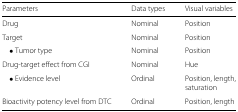
<table><thead><tr><td><b>Parameters</b></td><td><b>Data types</b></td><td><b>Visual variables</b></td></tr></thead><tbody><tr><td>Drug</td><td>Nominal</td><td>Position</td></tr><tr><td>Target</td><td>Nominal</td><td>Position</td></tr><tr><td>∙ Tumor type</td><td>Nominal</td><td>Position</td></tr><tr><td>Drug-target effect from CGI</td><td>Nominal</td><td>Hue</td></tr><tr><td>∙ Evidence level</td><td>Ordinal</td><td>Position, length,</td></tr><tr><td></td><td></td><td>saturation</td></tr><tr><td>Bioactivity potency level from DTC</td><td>Ordinal</td><td>Position, length</td></tr></tbody></table>